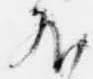
外